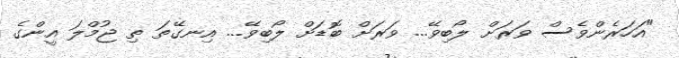
"އަހަރެންވެސް ވަރަށް ލޯބިވޭ... ވަރަށް ބޮޑަށް ލޯބިވޭ... އިނގޭތަ ތި ޖުމްލަ އީންގެ